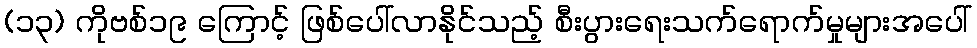
(၁၃) ကိုဗစ်၁၉ ကြောင့် ဖြစ်ပေါ်လာနိုင်သည့် စီးပွားရေးသက်ရောက်မှုများအပေါ်